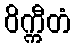
ဝိက္ကီတံ